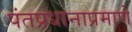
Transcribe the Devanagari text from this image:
पंतप्रधानाप्रमाणे